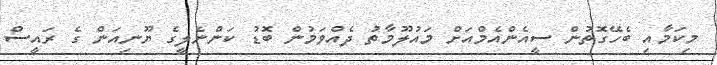
މިކަމާއި ބެހޭގޮތުން ސީއެންއެމްއަށް މައުލޫމާތު ދެއްވަމުން ބޮޑު ކަންނެލީގެ ޔޫނިއަން ގެ ރައީސް